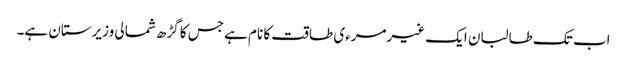
اب تک طالبان ایک غیرمرءی طاقت کا نام ہے جس کا گڑھ شمالی وزیرستان ہے۔